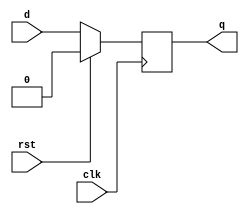
module dff_with_reset (
  input wire d,
  input wire clk,
  input wire rst,
  output reg q
);

always @(posedge clk) begin
  if (rst) begin
    q <= 1'b0;
  end else begin
    q <= d;
  end
end

endmodule